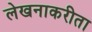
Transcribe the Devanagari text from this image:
लेखनाकरीता